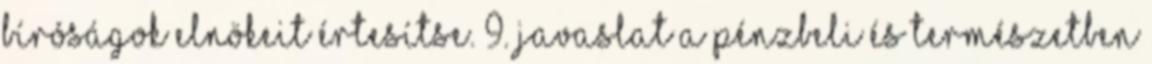
bíróságok elnökeit értesítse. 9. Javaslat a pénzbeli és természetben